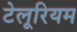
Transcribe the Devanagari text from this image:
टेलूरियम